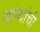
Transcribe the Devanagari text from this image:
वांग्यांची